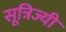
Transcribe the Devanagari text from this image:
सूत्रिज्यी